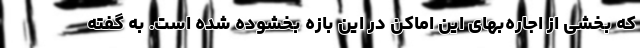
که بخشی از اجاره‌بهای این اماکن در این بازه بخشوده شده است. به گفته